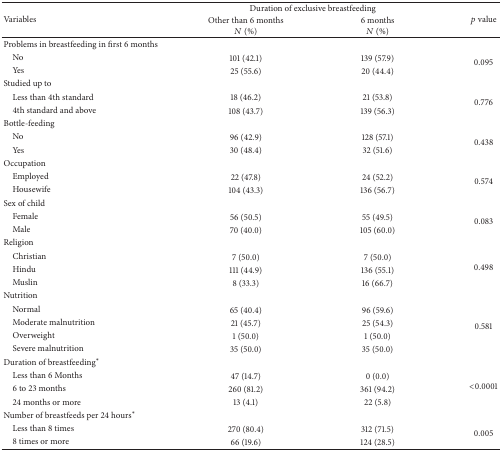
<table><thead><tr><td rowspan="2"><b>Variables</b></td><td colspan="2"><b>Duration of exclusive breastfeeding</b></td><td rowspan="2"><b><i>p</i> value</b></td></tr><tr><td><b>Other than 6 months <i>N</i> (%)</b></td><td><b>6 months<i>N</i> (%)</b></td></tr></thead><tbody><tr><td>Problems in breastfeeding in first 6 months</td><td> </td><td> </td><td> </td></tr><tr><td> No</td><td>101 (42.1)</td><td>139 (57.9)</td><td rowspan="2">0.095</td></tr><tr><td> Yes</td><td>25 (55.6)</td><td>20 (44.4)</td></tr><tr><td>Studied up to</td><td> </td><td> </td><td> </td></tr><tr><td> Less than 4th standard</td><td>18 (46.2)</td><td>21 (53.8)</td><td rowspan="2">0.776</td></tr><tr><td> 4th standard and above</td><td>108 (43.7)</td><td>139 (56.3)</td></tr><tr><td>Bottle-feeding</td><td> </td><td> </td><td> </td></tr><tr><td> No</td><td>96 (42.9)</td><td>128 (57.1)</td><td rowspan="2">0.438</td></tr><tr><td> Yes</td><td>30 (48.4)</td><td>32 (51.6)</td></tr><tr><td>Occupation</td><td> </td><td> </td><td> </td></tr><tr><td> Employed</td><td>22 (47.8)</td><td>24 (52.2)</td><td rowspan="2">0.574</td></tr><tr><td> Housewife </td><td>104 (43.3)</td><td>136 (56.7)</td></tr><tr><td>Sex of child</td><td> </td><td> </td><td> </td></tr><tr><td> Female</td><td>56 (50.5)</td><td>55 (49.5)</td><td rowspan="2">0.083</td></tr><tr><td> Male</td><td>70 (40.0)</td><td>105 (60.0)</td></tr><tr><td>Religion</td><td> </td><td> </td><td> </td></tr><tr><td> Christian</td><td>7 (50.0)</td><td>7 (50.0)</td><td rowspan="3">0.498</td></tr><tr><td> Hindu</td><td>111 (44.9)</td><td>136 (55.1)</td></tr><tr><td> Muslin</td><td>8 (33.3)</td><td>16 (66.7)</td></tr><tr><td>Nutrition</td><td> </td><td> </td><td> </td></tr><tr><td> Normal</td><td>65 (40.4)</td><td>96 (59.6)</td><td rowspan="4">0.581</td></tr><tr><td> Moderate malnutrition</td><td>21 (45.7)</td><td>25 (54.3) </td></tr><tr><td> Overweight</td><td>1 (50.0)</td><td>1 (50.0)</td></tr><tr><td> Severe malnutrition</td><td>35 (50.0)</td><td>35 (50.0)</td></tr><tr><td>Duration of breastfeeding<sup><i>∗</i></sup></td><td> </td><td> </td><td> </td></tr><tr><td> Less than 6 Months</td><td>47 (14.7)</td><td>0 (0.0)</td><td rowspan="3">&lt;0.0001</td></tr><tr><td> 6 to 23 months</td><td>260 (81.2)</td><td>361 (94.2)</td></tr><tr><td> 24 months or more</td><td>13 (4.1)</td><td>22 (5.8)</td></tr><tr><td>Number of breastfeeds per 24 hours<sup><i>∗</i></sup></td><td> </td><td> </td><td> </td></tr><tr><td> Less than 8 times</td><td>270 (80.4)</td><td>312 (71.5)</td><td rowspan="2">0.005</td></tr><tr><td> 8 times or more</td><td>66 (19.6)</td><td>124 (28.5)</td></tr></tbody></table>